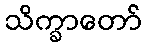
သိက္ခာတော်